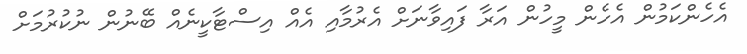
އެހެންކަމުން އެހެން މީހުން އަރާ ފައިވާނަށް އެރުމާއި އެއް އިސްޓާކީނެއް ބޭނުން ނުކުރުމަށް